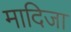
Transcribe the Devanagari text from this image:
मादिजा